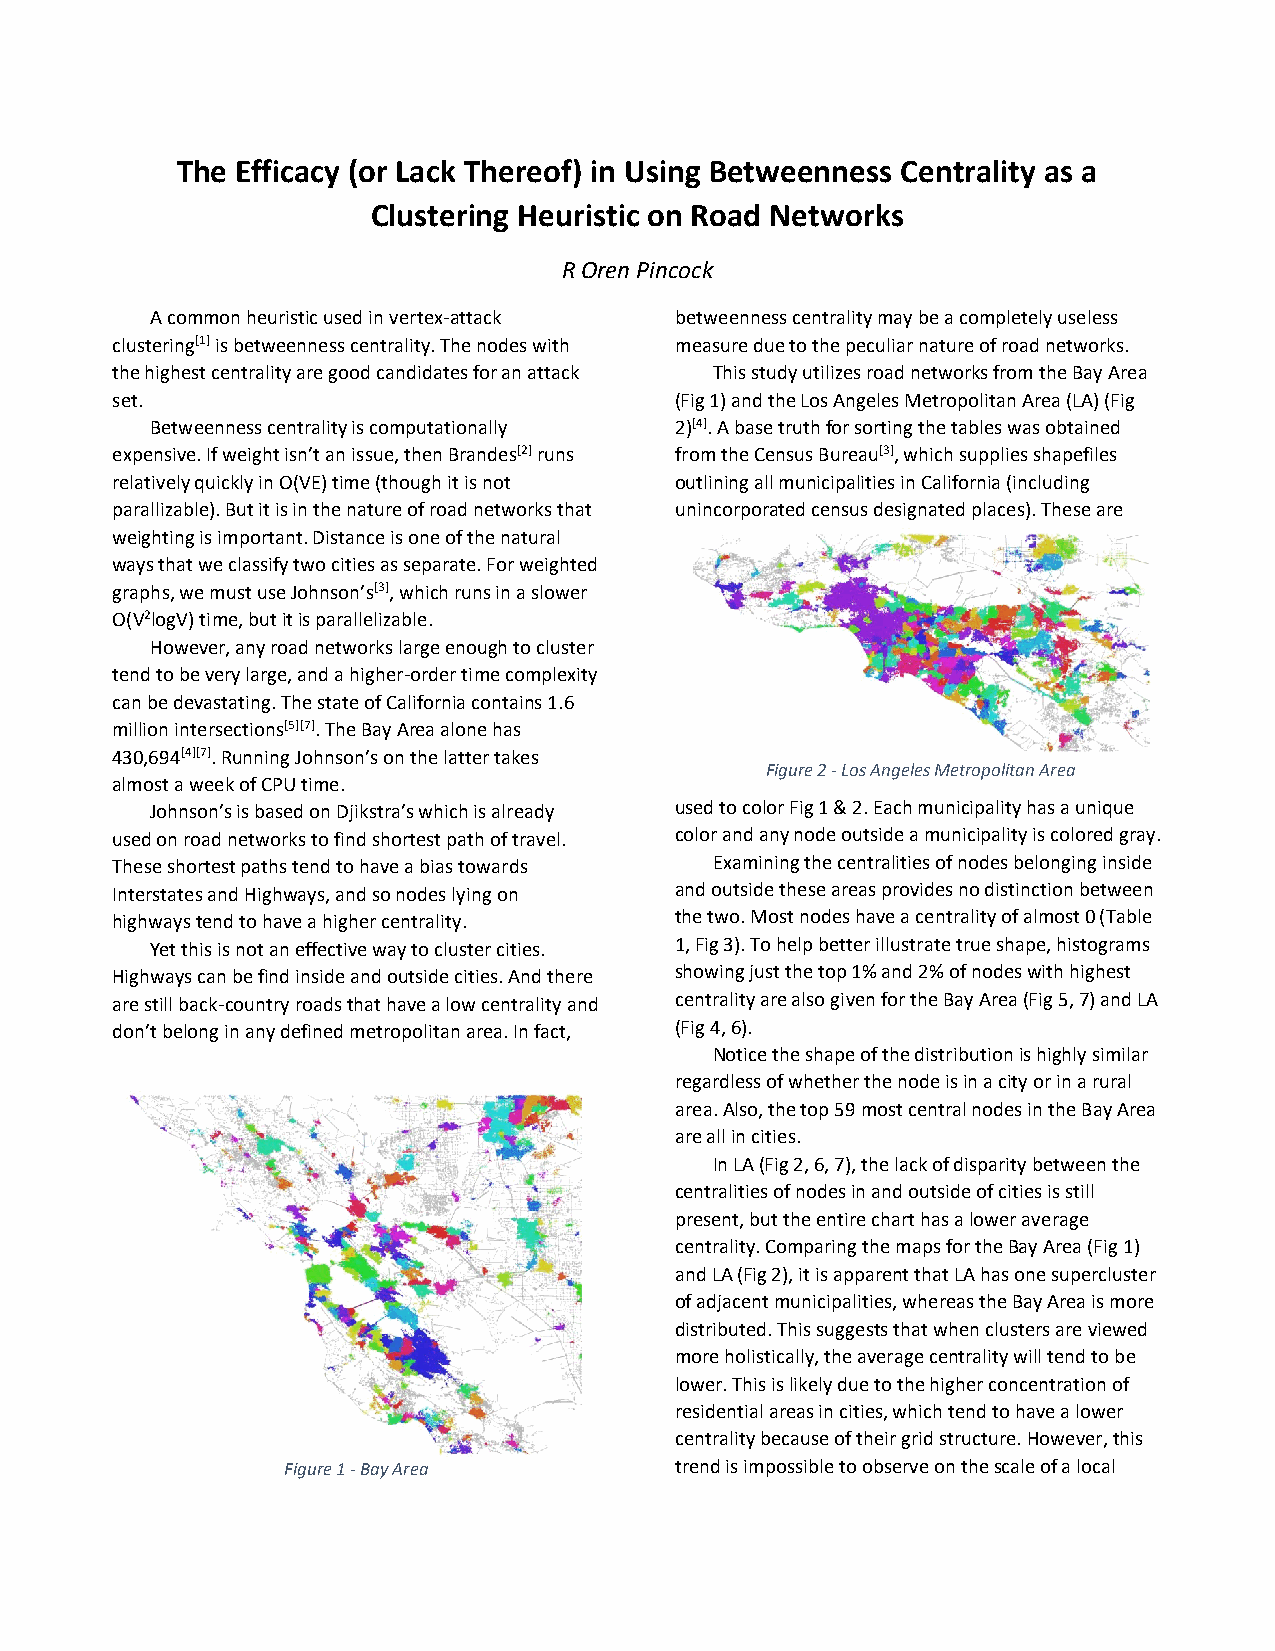
The Efficacy (or Lack Thereof) in Using Betweenness Centrality as a
 Clustering Heuristic on Road Networks
 R Oren Pincock
 A common heuristic used in vertex-attack betweenness centrality may be a completely useless
 clustering[1] is betweenness centrality. The nodes with measure due to the peculiar nature of road networks.
 the highest centrality are good candidates for an attack This study utilizes road networks from the Bay Area
 set.                                  (Fig 1) and the Los Angeles Metropolitan Area (LA) (Fig
 Betweenness centrality is computationally 2)[4]. A base truth for sorting the tables was obtained
 expensive. If weight isn’t an issue, then Brandes[2] runs from the Census Bureau[3], which supplies shapefiles
 relatively quickly in O(VE) time (though it is not outlining all municipalities in California (including
 parallizable). But it is in the nature of road networks that unincorporated census designated places). These are
 weighting is important. Distance is one of the natural
 ways that we classify two cities as separate. For weighted
 graphs, we must use Johnson’s[3], which runs in a slower
 O(V2logV) time, but it is parallelizable.
 However, any road networks large enough to cluster
 tend to be very large, and a higher-order time complexity
 can be devastating. The state of California contains 1.6
 million intersections[5][7]. The Bay Area alone has
 430,694[4][7]. Running Johnson’s on the latter takes
 Figure 2 - Los Angeles Metropolitan Area
 almost a week of CPU time.
 Johnson’s is based on Djikstra’s which is already used to color Fig 1 & 2. Each municipality has a unique
 used on road networks to find shortest path of travel. color and any node outside a municipality is colored gray.
 These shortest paths tend to have a bias towards Examining the centralities of nodes belonging inside
 Interstates and Highways, and so nodes lying on and outside these areas provides no distinction between
 highways tend to have a higher centrality. the two. Most nodes have a centrality of almost 0 (Table
 Yet this is not an effective way to cluster cities. 1, Fig 3). To help better illustrate true shape, histograms
 Highways can be find inside and outside cities. And there showing just the top 1% and 2% of nodes with highest
 are still back-country roads that have a low centrality and centrality are also given for the Bay Area (Fig 5, 7) and LA
 don’t belong in any defined metropolitan area. In fact, (Fig 4, 6).
 Notice the shape of the distribution is highly similar
 regardless of whether the node is in a city or in a rural
 area. Also, the top 59 most central nodes in the Bay Area
 are all in cities.
 In LA (Fig 2, 6, 7), the lack of disparity between the
 centralities of nodes in and outside of cities is still
 present, but the entire chart has a lower average
 centrality. Comparing the maps for the Bay Area (Fig 1)
 and LA (Fig 2), it is apparent that LA has one supercluster
 of adjacent municipalities, whereas the Bay Area is more
 distributed. This suggests that when clusters are viewed
 more holistically, the average centrality will tend to be
 lower. This is likely due to the higher concentration of
 residential areas in cities, which tend to have a lower
 centrality because of their grid structure. However, this
 Figure 1 - Bay Area       trend is impossible to observe on the scale of a local